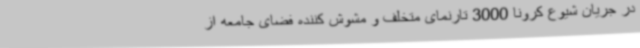
در جریان شیوع کرونا 3000 تارنمای متخلف و مشوش کننده فضای جامعه از